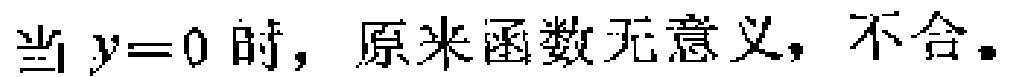
当 \(y = 0\) 时，原来函数无意义，不合。